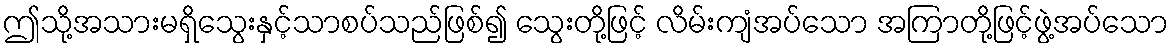
ဤသို့အသားမရှိသွေးနှင့်သာစပ်သည်ဖြစ်၍ သွေးတို့ဖြင့် လိမ်းကျံအပ်သော အကြာတို့ဖြင့်ဖွဲ့အပ်သော